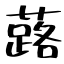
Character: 蕗